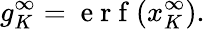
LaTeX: g_{K}^{\infty}=\mathrm{~e~r~f~}(x_{K}^{\infty}).